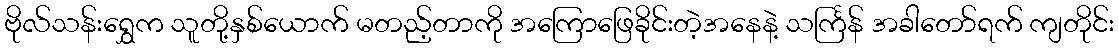
ဗိုလ်သန်းရွှေက သူတို့နှစ်ယောက် မတည့်တာကို အကြောဖြေခိုင်းတဲ့အနေနဲ့ သင်္ကြန် အခါတော်ရက် ကျတိုင်း